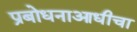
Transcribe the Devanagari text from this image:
प्रबोधनाआधीचा